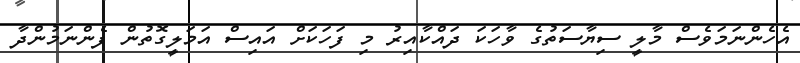
އެހެންނަމަވެސް މާލީ ސިޔާސަތުގެ ވާހަކަ ދައްކާއިރު މި ފަހަކަށް އައިސް އަމަލީގޮތުން ފެންނަމުންދާ